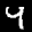
Label: 4